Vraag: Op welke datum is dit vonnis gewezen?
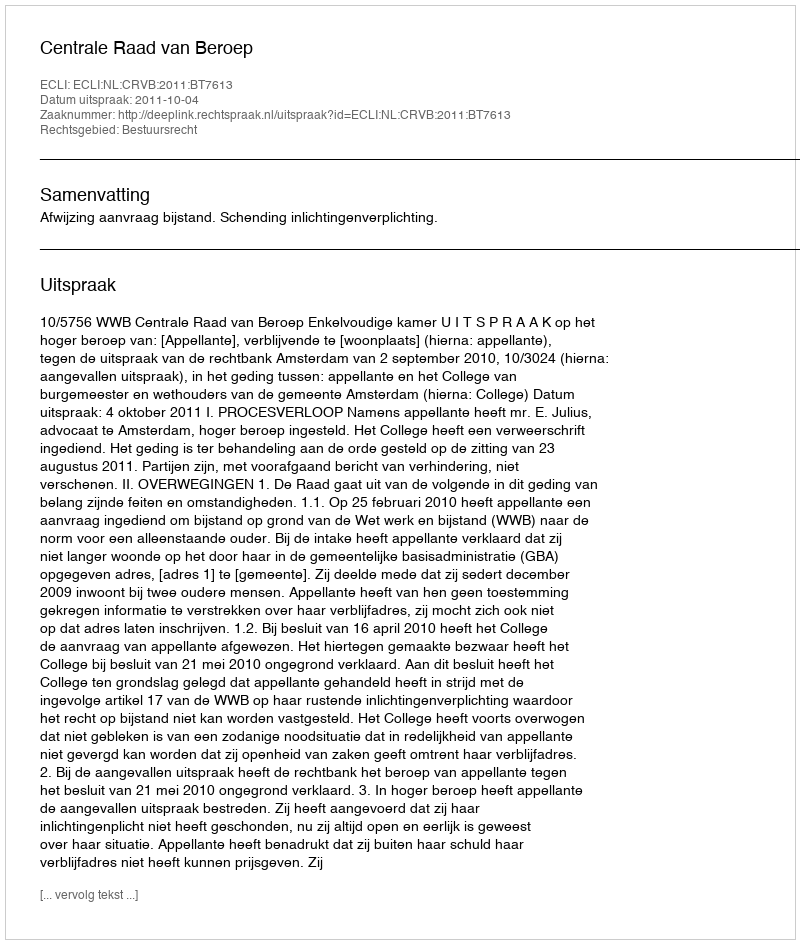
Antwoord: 2011-10-04